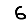
Digit: 6